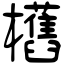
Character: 欍